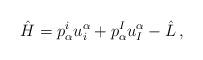
LaTeX: \begin{align*}\hat{H} = p_\alpha^iu_i^\alpha + p_\alpha^{I}u_{I}^\alpha - \hat{L} \, ,\end{align*}